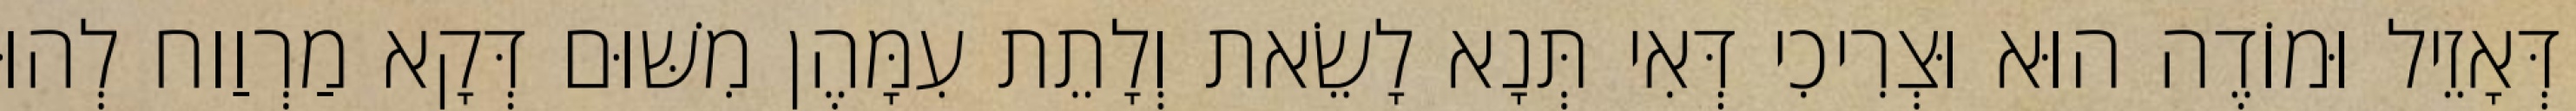
דְּאָזֵיל וּמוֹדֶה הוּא וּצְרִיכִי דְּאִי תְּנָא לָשֵׂאת וְלָתֵת עִמָּהֶן מִשּׁוּם דְּקָא מַרְוַוח לְהוּ